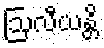
ဩလီယန္တိ